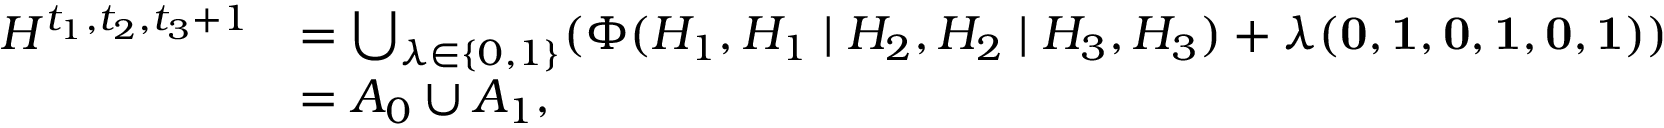
\begin{array} { r l } { H ^ { t _ { 1 } , t _ { 2 } , t _ { 3 } + 1 } } & { = \bigcup _ { \lambda \in \{ 0 , 1 \} } ( \Phi ( { \cal { H } } _ { 1 } , { \cal { H } } _ { 1 } \mid { \cal { H } } _ { 2 } , { \cal { H } } _ { 2 } \mid { \cal { H } } _ { 3 } , { \cal { H } } _ { 3 } ) + \lambda ( { \mathbf { 0 } } , { \mathbf { 1 } } , { \mathbf { 0 } } , { \mathbf { 1 } } , { \mathbf { 0 } } , { \mathbf { 1 } } ) ) } \\ & { = A _ { 0 } \cup A _ { 1 } , } \end{array}